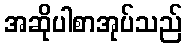
အဆိုပါစာအုပ်သည်